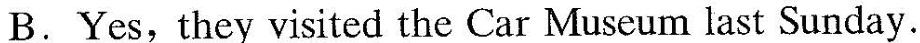
B. Yes,they visited the Car Museum last Sunday.